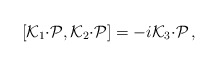
\begin{align*}[{\cal K}_{1}{\cdot{\cal P}},{\cal K}_{2}{\cdot{\cal P}}] =-i{\cal K}_{3}{\cdot{\cal P}}\,,\end{align*}